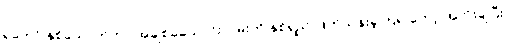
ရဲဘော် နှစ်ယောက်ဟာ အချစ်ခယောင်းလမ်းကို နှစ်ရှည် ဖြတ်သန်းခဲ့ကြရ တော့ အတိုးချပြီး